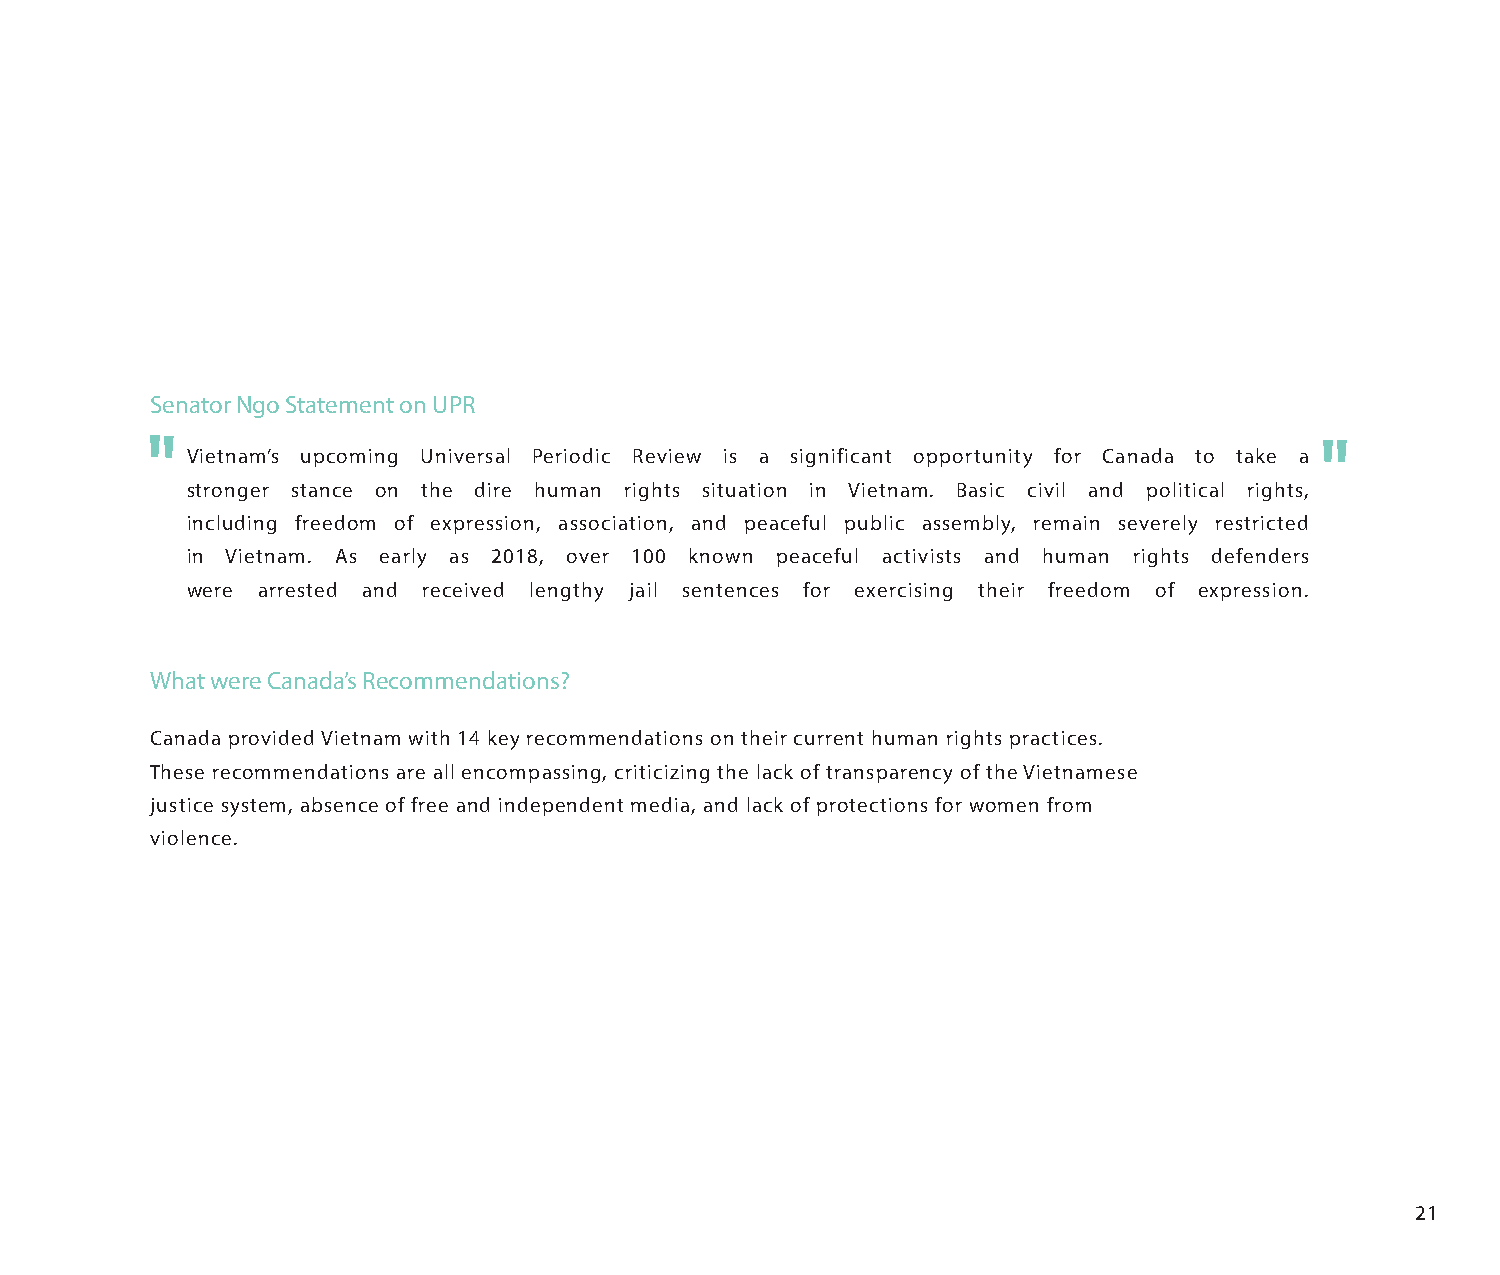
Senator Ngo Statement on UPR
 Vietnam’s upcoming Universal Periodic Review is a significant opportunity for Canada to take a
 stronger stance on the dire human rights situation in Vietnam. Basic civil and political rights,
 including freedom of expression, association, and peaceful public assembly, remain severely restricted
 in Vietnam. As early as 2018, over 100 known peaceful activists and human rights defenders
 were arrested and received lengthy jail sentences for exercising their freedom of expression.
 What were Canada’s Recommendations?
 Canada provided Vietnam with 14 key recommendations on their current human rights practices.
 These recommendations are all encompassing, criticizing the lack of transparency of the Vietnamese
 justice system, absence of free and independent media, and lack of protections for women from
 violence.
 21